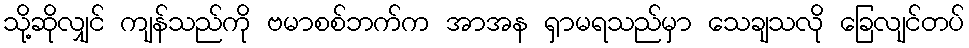
သို့ဆိုလျှင် ကျန်သည်ကို ဗမာစစ်ဘက်က အာအန ရှာမရသည်မှာ သေချသလို ခြေလျင်တပ်